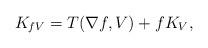
LaTeX: \begin{align*} K_{f V} = T(\nabla f,V) + f K_V, \end{align*}